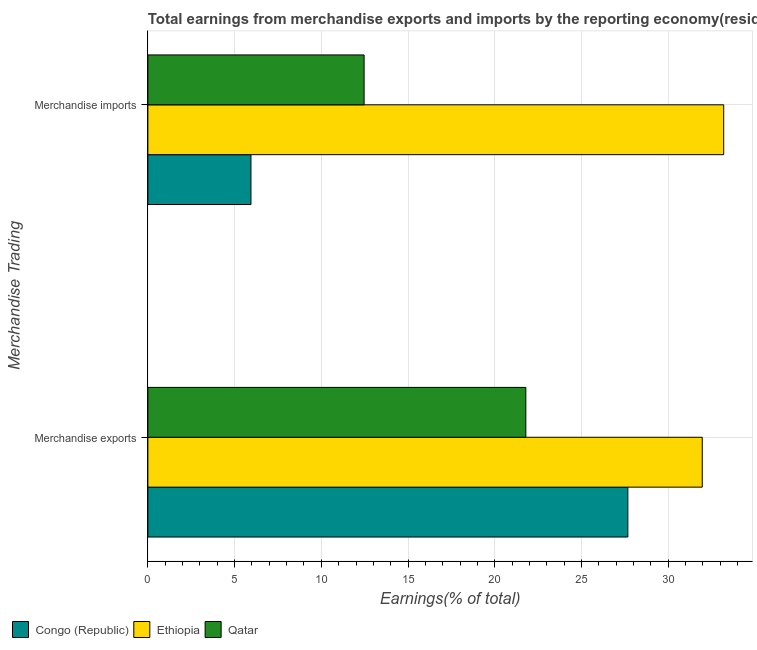
| Merchandise Trading | Congo (Republic) | Ethiopia | Qatar |
 | --- | --- | --- | --- |
 | Merchandise exports | 27.7 | 32 | 21.8 |
 | Merchandise imports | 5.94 | 33.2 | 12.5 |